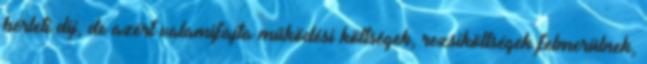
bérleti díj, de azért valamifajta működési költségek, rezsiköltségek felmerülnek,